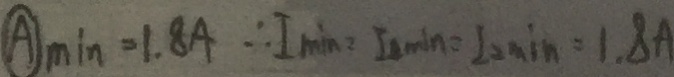
\textcircled { A } _ { \min } = 1 . 8 A \therefore I _ { \min } = I _ { 1 \min } = I _ { 2 \min } = 1 . 8 A